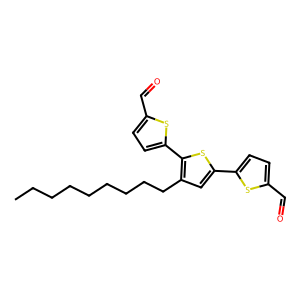
SMILES: CCCCCCCCCc1cc(-c2ccc(C=O)s2)sc1-c1ccc(C=O)s1
Inhibits HIV replication: No